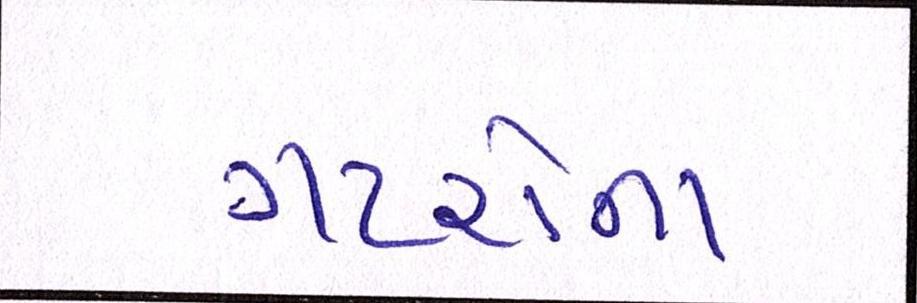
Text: ગટરોના